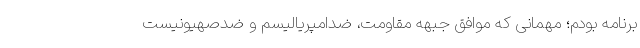
برنامه بودم؛ مهمانی که موافق جبهه مقاومت، ضدامپریالیسم و ضدصهیونیست